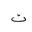
Letter: _ta